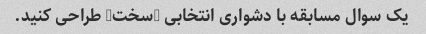
یک سوال مسابقه با دشواری انتخابی "سخت" طراحی کنید.